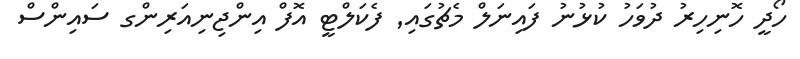
ހޯދީ ހޮނިހިރު ދުވަހު ކުޅުނު ފައިނަލް މެޗުގައި